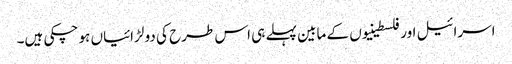
اسرائیل اور فلسطینیوں کے مابین پہلے ہی اس طرح کی دو لڑائیاں ہو چکی ہیں۔